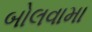
બોલવામા